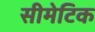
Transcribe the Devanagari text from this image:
सीमेटिक